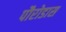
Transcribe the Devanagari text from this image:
पौरोडास